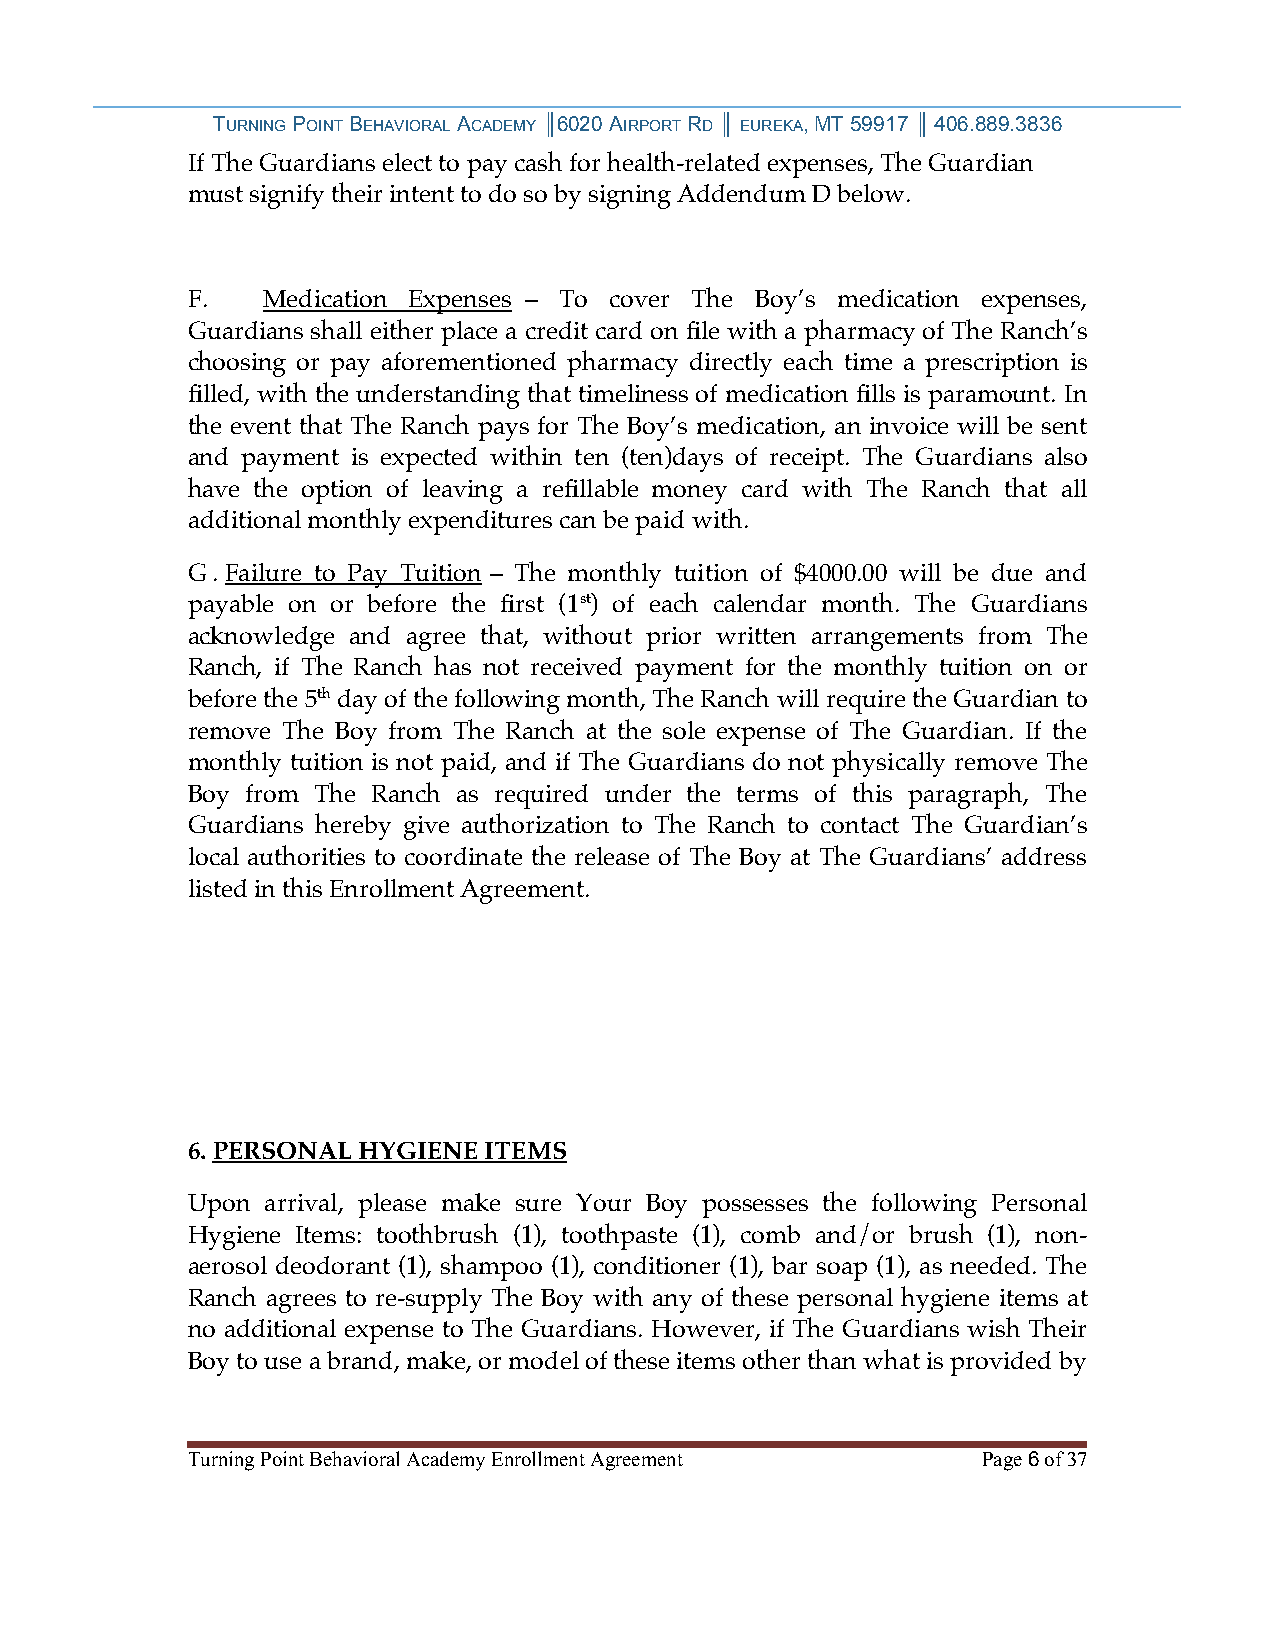
TURNING POINT BEHAVIORAL ACADEMY ║6020 AIRPORT RD ║ EUREKA, MT 59917 ║ 406.889.3836
 If The Guardians elect to pay cash for health-related expenses, The Guardian
 must signify their intent to do so by signing Addendum D below.
 F.   Medication Expenses – To cover The Boy’s medication expenses,
 Guardians shall either place a credit card on file with a pharmacy of The Ranch’s
 choosing or pay aforementioned pharmacy directly each time a prescription is
 filled, with the understanding that timeliness of medication fills is paramount. In
 the event that The Ranch pays for The Boy’s medication, an invoice will be sent
 and payment is expected within ten (ten)days of receipt. The Guardians also
 have the option of leaving a refillable money card with The Ranch that all
 additional monthly expenditures can be paid with.
 G.Failure to Pay Tuition – The monthly tuition of $4000.00 will be due and
 payable on or before the first (1st) of each calendar month. The Guardians
 acknowledge and agree that, without prior written arrangements from The
 Ranch, if The Ranch has not received payment for the monthly tuition on or
 before the 5th day of the following month, The Ranch will require the Guardian to
 remove The Boy from The Ranch at the sole expense of The Guardian. If the
 monthly tuition is not paid, and if The Guardians do not physically remove The
 Boy from The Ranch as required under the terms of this paragraph, The
 Guardians hereby give authorization to The Ranch to contact The Guardian’s
 local authorities to coordinate the release of The Boy at The Guardians’ address
 listed in this Enrollment Agreement.
 6. PERSONAL HYGIENE ITEMS
 Upon  arrival, please make sure Your Boy possesses the following Personal
 Hygiene Items: toothbrush (1), toothpaste (1), comb and/or brush (1), non-
 aerosol deodorant (1), shampoo (1), conditioner (1), bar soap (1), as needed. The
 Ranch agrees to re-supply The Boy with any of these personal hygiene items at
 no additional expense to The Guardians. However, if The Guardians wish Their
 Boy to use a brand, make, or model of these items other than what is provided by
 Turning Point Behavioral Academy Enrollment Agreement Page 6 of 37